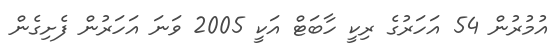
އުމުރުން 54 އަހަރުގެ ރިކީ ހާބަޓް އަކީ 2005 ވަނަ އަހަރުން ފެށިގެން